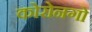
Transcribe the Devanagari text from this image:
कोरोनगो